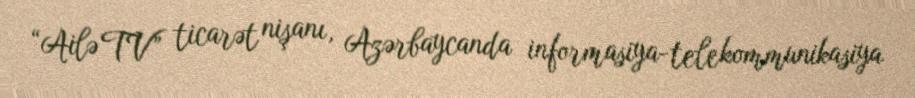
“Ailə TV” ticarət nişanı, Azərbaycanda informasiya-telekommunikasiya